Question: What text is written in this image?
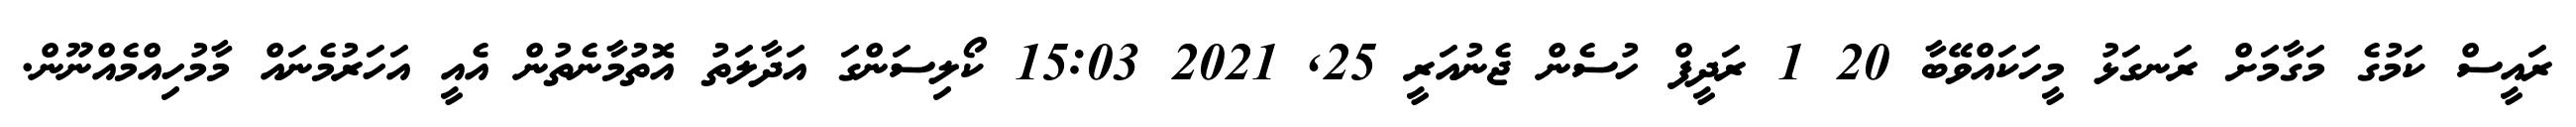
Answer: ރައީސް ކަމުގެ މަގާމަށް ރަނގަޅު މީހަކައްވޭބާ 20 1 ރަދީފް ހުސެން ޖެނުއަރީ 25, 2021 15:03 ކޯލިސަންގަ އަދާލަތު އޮތުމާނެތުން އެއީ އަހަރުމެނައް މާމުހިއްމެއްނޫން.